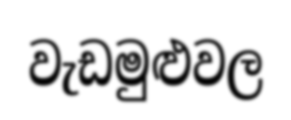
වැඩමුළුවල